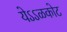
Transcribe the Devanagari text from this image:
येऽऽळकोट